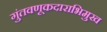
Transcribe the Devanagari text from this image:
गुंतवणूकदाराभिमुख